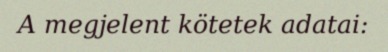
A megjelent kötetek adatai: